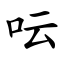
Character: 呍